Report on vaccination in Madras 1922-1929 - 1922-1929
Year: 1922
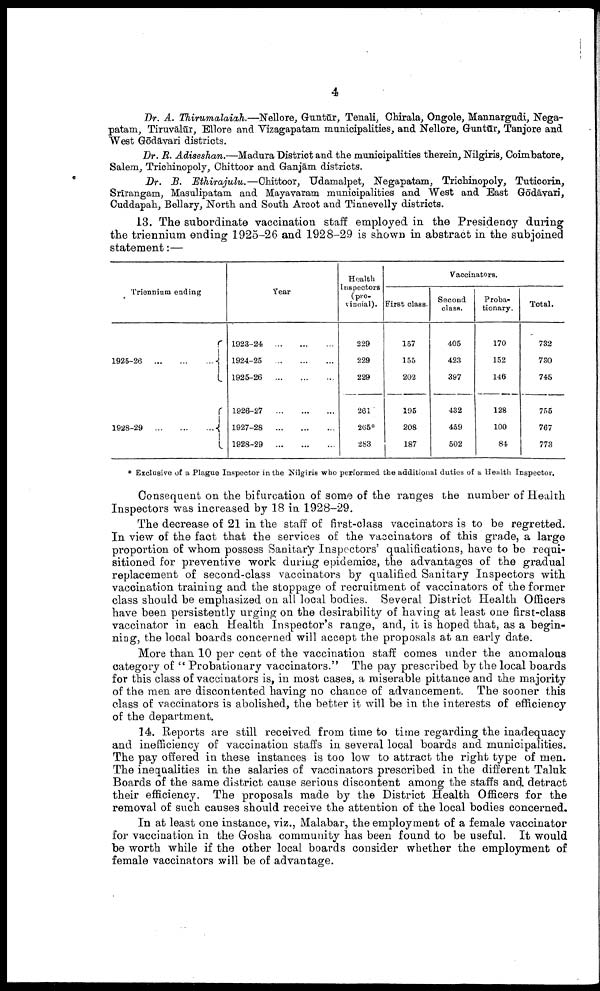
4
Dr. A. Thirumalaiah.—Nellore, Guntūr, Tenali, Chirala, Ongole, Mannargndi, Nega¬
patam, Tiruvālūr, Ellore and Vizagapatam municipalities, and Nellore, Guntūr, Tanjore and
West Gōdāvari districts.
Dr. R. Adiseshan.—Madura District and the municipalities therein, Nilgiris, Coimbatore,
Salem, Trichinopoly, Chittoor and Ganjām districts.
Dr. B. Ethirajulu.—Chittoor, Udamalpet, Negapatam, Trichinopoly, Tuticorin,
Srīrangam, Masulipatam and Mayavaram municipalities and West and East Gōdāvari,
Cuddapah, Bellary, North and South Arcot and Tinnevelly districts.
13. The subordinate vaccination staff employed in the Presidency during
the triennium ending 1925-26 and 1928-29 is shown in abstract in the subjoined
statement:—
Triennium ending
1925-26
...
...
...
1928-29
...
...
...
Year
1923-24
...
...
...
1924-25
...
...
...
1925-26
...
...
...
1926-27
...
...
...
1927-28
...
...
...
1928-29
...
...
...
Health
Inspectors
(pro¬
vincial).
229
229
229
261
265*
283
Vaccinators.
First class.
157
155
202
195
208
187
Second
class.
405
423
397
432
459
502
Proba
tionary.
170
152
146
128
100
84
Total.
732
730
745
755
767
773
* Exclusive of a Plague Inspector in the Nilgiris who performed the additional duties of a Health Inspector.
Consequent on the bifurcation of some of the ranges the number of Health
Inspectors was increased by 18 in 1928-29.
The decrease of 21 in the staff of first-class vaccinators is to be regretted.
In view of the fact that the services of the vaccinators of this grade, a large
proportion of whom possess Sanitary Inspectors' qualifications, have to be requi
sitioned for preventive work during epidemics, the advantages of the gradual
replacement of second-class vaccinators by qualified Sanitary Inspectors with
vaccination training and the stoppage of recruitment of vaccinators of the former
class should be emphasized on all local bodies. Several District Health Officers
have been persistently urging on the desirability of having at least one first-class
vaccinator in each Health Inspector's range, and, it is hoped that, as a begin
ning, the local boards concerned will accept the proposals at an early date.
More than 10 per cent of the vaccination staff comes under the anomalous
category of " Probationary vaccinators." The pay prescribed by the local boards
for this class of vaccinators is, in most cases, a miserable pittance and the majority
of the men are discontented having no chance of advancement. The sooner this
class of vaccinators is abolished, the better it will be in the interests of efficiency
of the department.
14. Reports are still received from time to time regarding the inadequacy
and inefficiency of vaccination staffs in several local boards and municipalities.
The pay offered in these instances is too low to attract the right type of men.
The inequalities in the salaries of vaccinators prescribed in the different Taluk
Boards of the same district cause serious discontent among the staffs and. detract
their efficiency. The proposals made by the District Health Officers for the
removal of such causes should receive the attention of the local bodies concerned.
In at least one instance, viz., Malabar, the employment of a female vaccinator
for vaccination in the Gosha community has been found to be useful. It would
be worth while if the other local boards consider whether the employment of
female vaccinators will be of advantage.